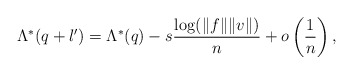
\begin{align*}\Lambda^*(q+l') = \Lambda^{*}(q) - s \frac{\log (\|f\| \|v\|)}{n} + o \left( \frac{1}{n} \right), \end{align*}